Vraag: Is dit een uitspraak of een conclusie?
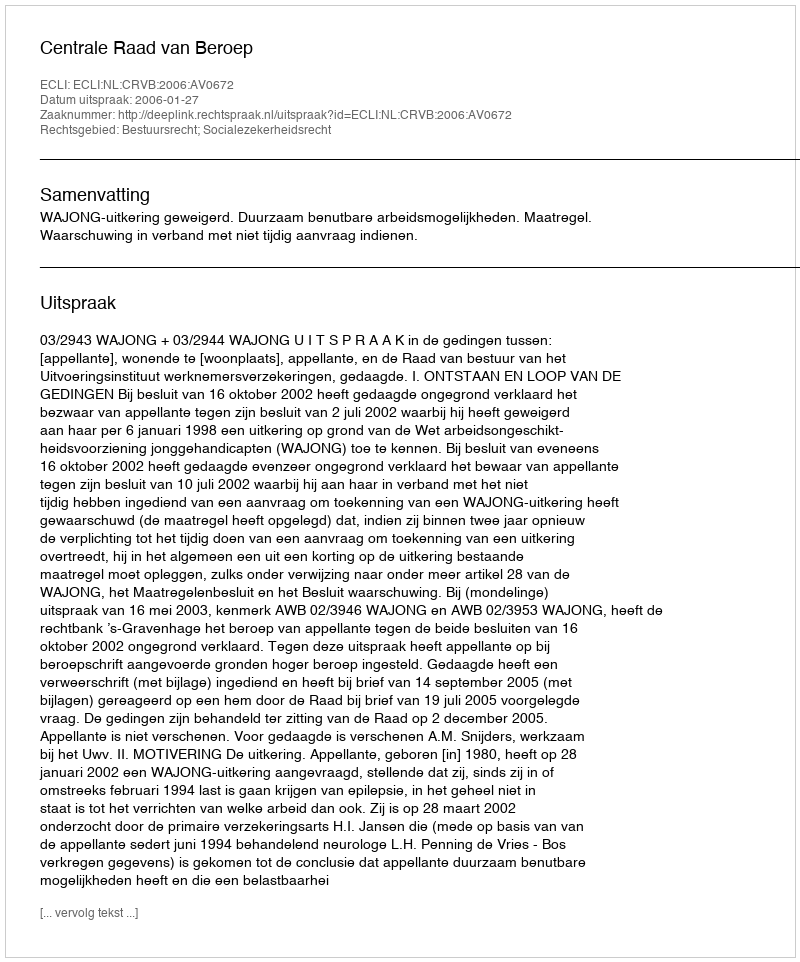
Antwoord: Uitspraak